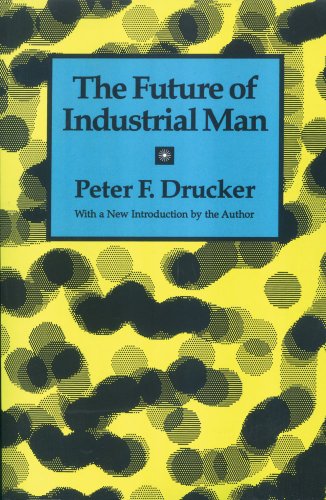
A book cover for The Future of Industrial Man; Peter F. Drucker; Business & Money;